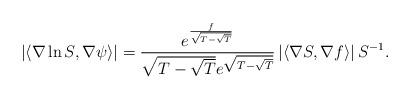
LaTeX: \begin{align*}\left\vert \left\langle \nabla \ln S,\nabla \psi \right\rangle \right\vert =\frac{e^{\frac{f}{\sqrt{T-\sqrt{T}}}}}{\sqrt{T-\sqrt{T}}e^{\sqrt{T-\sqrt{T}}}}\left\vert \left\langle \nabla S,\nabla f\right\rangle \right\vert S^{-1}.\end{align*}